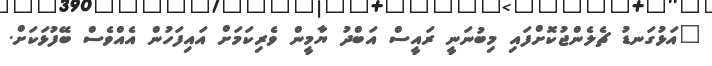
"އަޅުގަނޑު ޗެލެންޖުކޮށްފައި މިބުނަނީ ރައީސް އަބްދު ޔާމީން ވެރިކަމަށް އައިފަހުން އެއްވެސް ބޭފުޅަކަށް.